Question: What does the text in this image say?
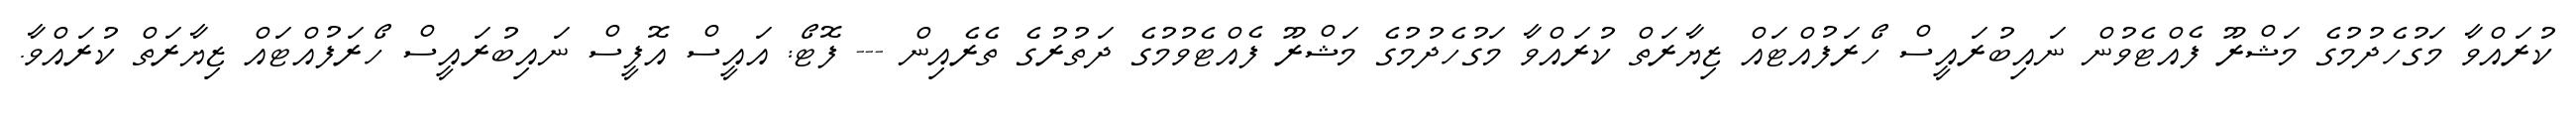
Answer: ކުރައްވާ މަގުހެދުމުގެ މަޝްރޫ ފެއްޓެވުން ނައިބުރައީސް ހޯރަފުއްޓައް ޒިޔާރަތް ކުރައްވާ މަގުހެދުމުގެ މަޝްރޫ ފެއްޓެވުމުގެ ދަތުރުގެ ތެރެއިން --- ފޮޓޯ: އައީސް އޮފީސް ނައިބުރައީސް ހޯރަފުއްޓައް ޒިޔާރަތް ކުރައްވާ.